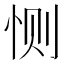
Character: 恻